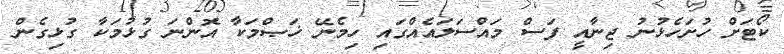
ކޯޓަށް ހުށަހެޅުނު ޖިނާއީ ފަސް މައްސަލައެއްގައި ހިމެނޭ ޚަޞްމަކާ އޮންނަ ގުޅުމަކާ ގުޅިގެން